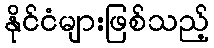
နိုင်ငံများဖြစ်သည့်